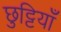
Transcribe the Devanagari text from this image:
छुट्टियाँ